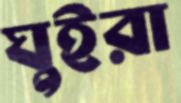
ঘুইরা